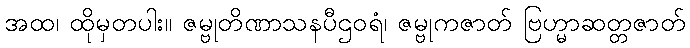
အထ၊ ထိုမှတပါး။ ဇမ္ဗုတိဏာသနပီဌဝရံ၊ ဇမ္ဗုကဇာတ် ဗြဟ္မာဆတ္တဇာတ်